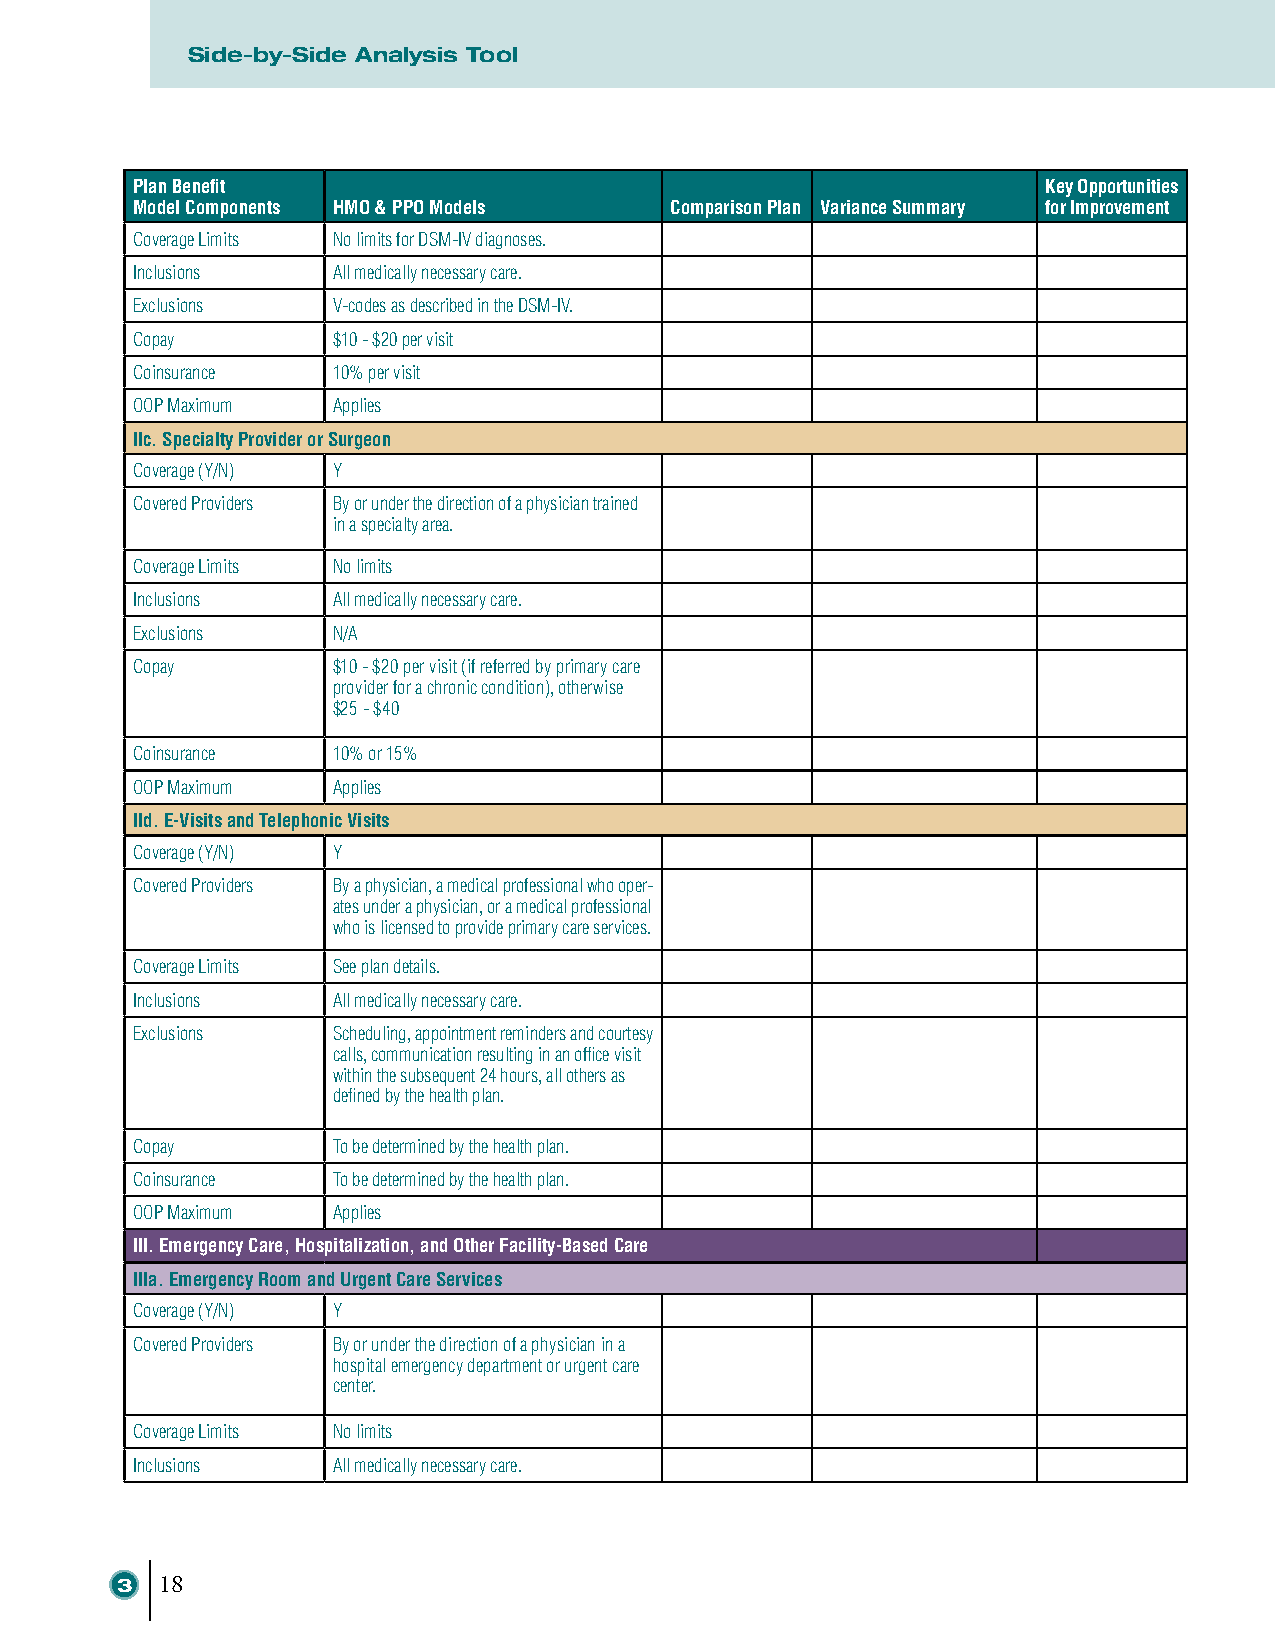
MSidatee-rbnya-Sl aidned ACnhailldys Hise Taoltohl Balanced Scorecard & Analysis Tools
 Plan Benefit                                                Key Opportunities
 Model Components HMO & PPO Models  Comparison Plan Variance Summary for Improvement
 Coverage Limits No limits for DSM-IV diagnoses.
 Inclusions   All medically necessary care.
 Exclusions   V-codes as described in the DSM-IV.
 Copay        $10 - $20 per visit
 Coinsurance  10% per visit
 OOP Maximum  Applies
 IIc. Specialty Provider or Surgeon
 Coverage (Y/N) Y
 Covered Providers By or under the direction of a physician trained
 in a specialty area.
 Coverage Limits No limits
 Inclusions   All medically necessary care.
 Exclusions   N/A
 Copay        $10 - $20 per visit (if referred by primary care
 provider for a chronic condition), otherwise
 $25 - $40
 Coinsurance  10% or 15%
 OOP Maximum  Applies
 IId. E-Visits and Telephonic Visits
 Coverage (Y/N) Y
 Covered Providers By a physician, a medical professional who oper-
 ates under a physician, or a medical professional
 who is licensed to provide primary care services.
 Coverage Limits See plan details.
 Inclusions   All medically necessary care.
 Exclusions   Scheduling, appointment reminders and courtesy
 calls, communication resulting in an office visit
 within the subsequent 24 hours, all others as
 defined by the health plan.
 Copay        To be determined by the health plan.
 Coinsurance  To be determined by the health plan.
 OOP Maximum  Applies
 III. Emergency Care, Hospitalization, and Other Facility-Based Care
 IIIa. Emergency Room and Urgent Care Services
 Coverage (Y/N) Y
 Covered Providers By or under the direction of a physician in a
 hospital emergency department or urgent care
 center.
 Coverage Limits No limits
 Inclusions   All medically necessary care.
 33 1188